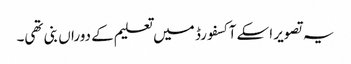
یہ تصویر اسکے آکسفورڈ میں تعلیم کے دوراں بنی تھی۔